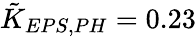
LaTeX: \tilde{K}_{EPS,PH}=0.23